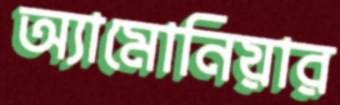
অ্যামোনিয়ার